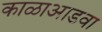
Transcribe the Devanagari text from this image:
काळाआडवा